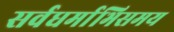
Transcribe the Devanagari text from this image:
सर्वधर्माभिसमय